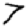
Digit: 7